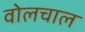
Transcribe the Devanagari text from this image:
वोलचाल